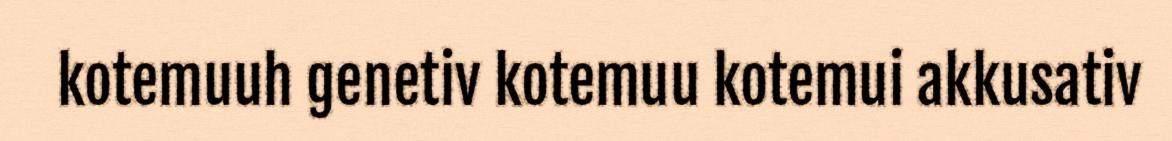
kotemuuh genetiv kotemuu kotemui akkusativ